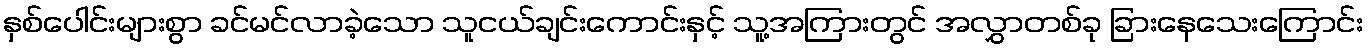
နှစ်ပေါင်းများစွာ ခင်မင်လာခဲ့သော သူငယ်ချင်းကောင်းနှင့် သူ့အကြားတွင် အလွှာတစ်ခု ခြားနေသေးကြောင်း